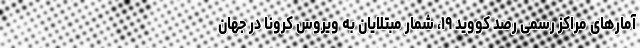
آمارهای مراکز رسمی رصد کووید ۱۹، شمار مبتلایان به ویروس کرونا در جهان